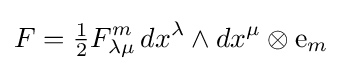
F={\tfrac {1}{2}}F_{\lambda \mu }^{m}\,dx^{\lambda }\wedge dx^{\mu }\otimes {\mathrm {e} }_{m}